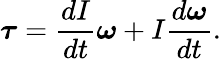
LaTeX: {\boldsymbol{\tau}}={\frac{dI}{dt}}{\boldsymbol{\omega}}+I{\frac{d{\boldsymbol{\omega}}}{dt}}.